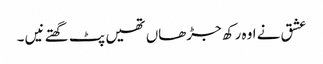
عشق نے اوہ رکھ جڑھاں تھیں پٹ گھتے نیں ۔